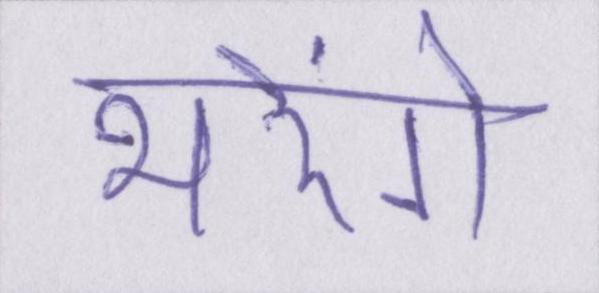
भरेंगे